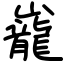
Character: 巃